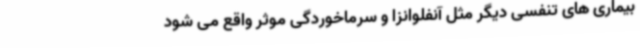
بیماری های تنفسی دیگر مثل آنفلوانزا و سرماخوردگی موثر واقع می شود